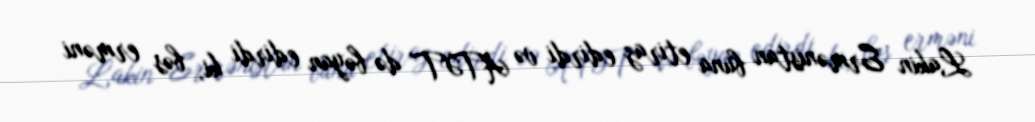
Lakin Ermənistan buna etiraz edirdi və ATƏT də bəyan edirdi ki, bəs erməni